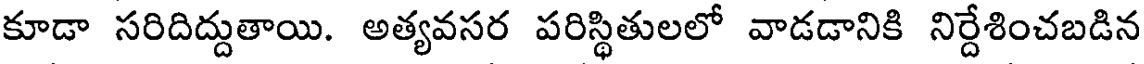
కూడా సరిదిద్దుతాయి. అత్యవసర పరిస్థితులలో వాడడానికి నిర్దేశించబడిన